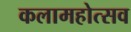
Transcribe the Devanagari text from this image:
कलामहोत्सव